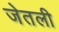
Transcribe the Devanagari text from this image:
जेतली